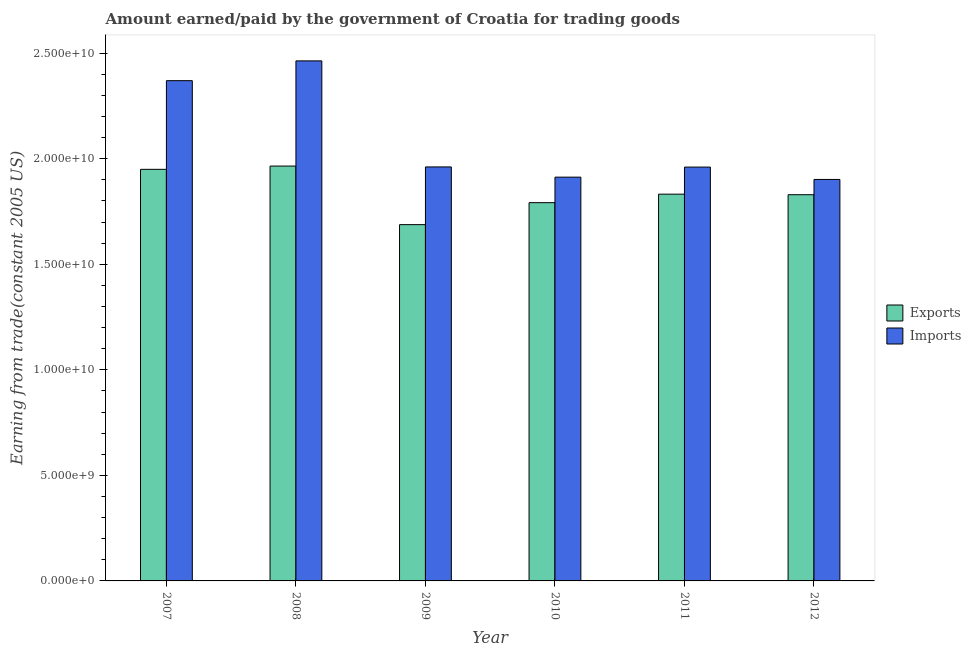
| Year | Exports | Imports |
 | --- | --- | --- |
 | 2007 | 1.95e+10 | 2.37e+10 |
 | 2008 | 1.97e+10 | 2.46e+10 |
 | 2009 | 1.69e+10 | 1.96e+10 |
 | 2010 | 1.79e+10 | 1.91e+10 |
 | 2011 | 1.83e+10 | 1.96e+10 |
 | 2012 | 1.83e+10 | 1.9e+10 |